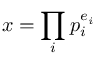
x = \prod _ { i } p _ { i } ^ { e _ { i } }